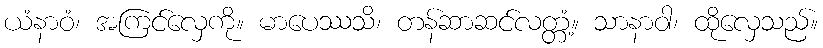
ယံနာဝံ၊ အကြင်လှေကို။ မာပေဿသိ၊ တန်ဆာဆင်လတ္တံ့။ သာနာဝါ၊ ထိုလှေသည်။